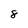
Character: 8